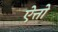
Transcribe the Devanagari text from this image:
ऐत्तो